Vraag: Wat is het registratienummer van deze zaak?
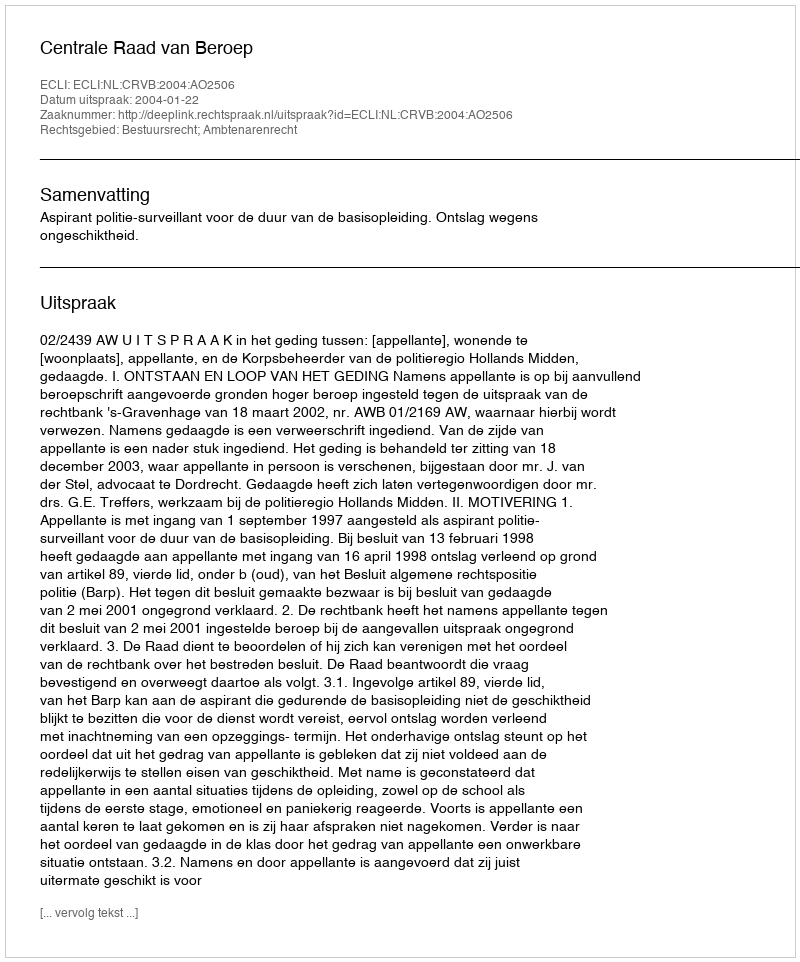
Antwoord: http://deeplink.rechtspraak.nl/uitspraak?id=ECLI:NL:CRVB:2004:AO2506